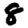
Digit: 8